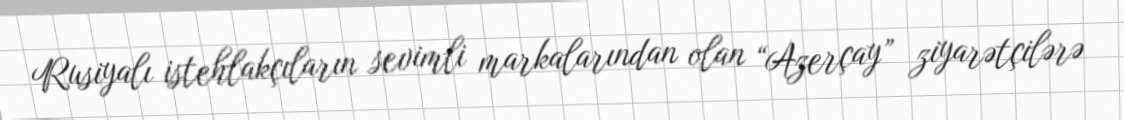
Rusiyalı istehlakçıların sevimli markalarından olan “Azerçay” ziyarətçilərə